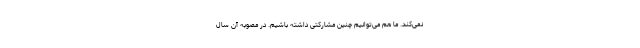
نمی‌کند. ما هم می‌توانیم چنین مشارکتی داشته باشیم. در مصوبه آن سال